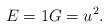
LaTeX: \begin{align*}E=1G=u^{2}. \end{align*}